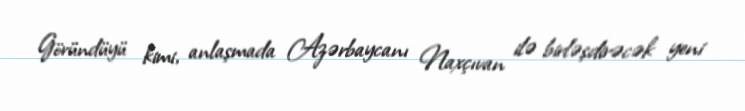
Göründüyü kimi, anlaşmada Azərbaycanı Naxçıvan ilə birləşdirəcək yeni